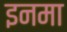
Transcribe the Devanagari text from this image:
इनमा